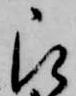
被